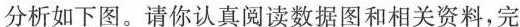
分析如下图。请你认真阅读数据图和相关资料，完